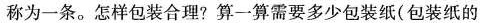
称为一条。怎样包装合理?算一算需要多少包装纸(包装纸的